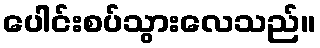
ပေါင်းစပ်သွားလေသည်။